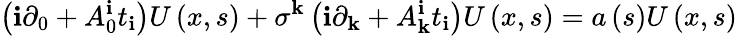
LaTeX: \left(\mathbf{i}\partial_{0}+A_{0}^{\mathbf{i}}t_{\mathbf{i}}\right)U\left(x,s\right)+\sigma^{\mathbf{k}}\left(\mathbf{i}\partial_{\mathbf{k}}+A_{\mathbf{k}}^{\mathbf{i}}t_{\mathbf{i}}\right)U\left(x,s\right)=a\left(s\right)U\left(x,s\right)